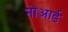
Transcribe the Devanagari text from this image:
नोआर्ड